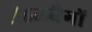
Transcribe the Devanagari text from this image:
शैडलबैगों